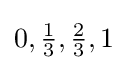
0,{\tfrac {1}{3}},{\tfrac {2}{3}},1